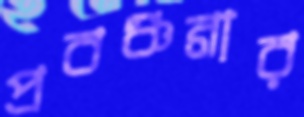
প্রবঞ্চনার